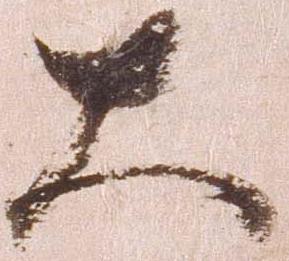
大